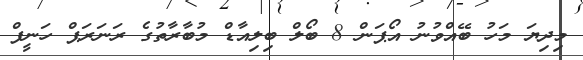
މިދިޔަ މަހު ބޭއްވުނު އޯޕަން 8 ބޯލް ބިލިއާޑް މުބާރާތުގެ ރަނަރަޕް ހަނީފް